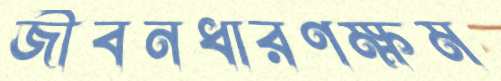
জীবনধারণক্ষম